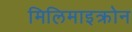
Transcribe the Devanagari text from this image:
मिलिमाइक्रोन